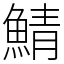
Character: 鯖